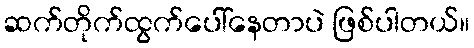
ဆက်တိုက်ထွက်ပေါ်နေတာပဲ ဖြစ်ပါတယ်။